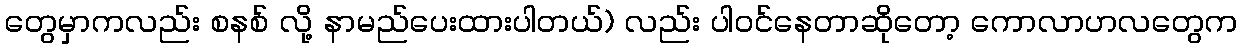
တွေမှာကလည်း စနစ် လို့ နာမည်ပေးထားပါတယ်) လည်း ပါဝင်နေတာဆိုတော့ ကောလာဟလတွေက